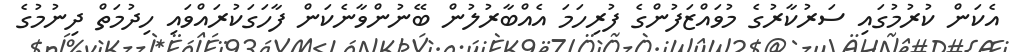
އެކަން ކުރުމުގައި ސަރުކާރުގެ މުވައްޒަފުންގެ ފުރިހަމަ އެއްބާރުލުން ބޭނުންވާނެކަން ފާހަގަކުރައްވައި ހިދުމަތް ދިނުމުގެ